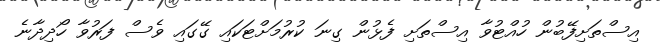
އިސްތަށިފޭބުން ހުއްޓުވާ އިސްތަށި ފެޅުން ގިނަ ކުރުމަށްޓަކައި ގޭގައި ވެސް ފަރުވާ ހޯދިދާނެ